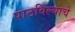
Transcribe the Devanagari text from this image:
पाठविल्याचे